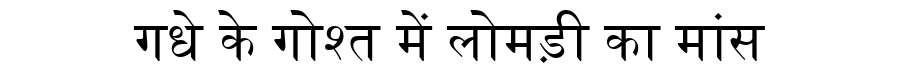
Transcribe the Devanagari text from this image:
गधे के गोश्त में लोमड़ी का मांस